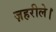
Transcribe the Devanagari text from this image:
ज़हरीले।